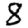
Digit: 8